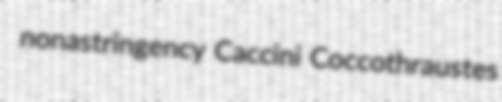
nonastringency Caccini Coccothraustes